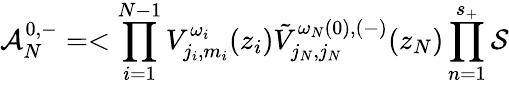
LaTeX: {\cal A}_{N}^{0,-}=<\prod_{i=1}^{N-1}{V}_{j_{i},m_{i}}^{\omega_{i}}(z_{i})\tilde{V}_{j_{N},j_{N}}^{\omega_{N}(0),(-)}(z_{N})\prod_{n=1}^{s_{+}}{\cal S}